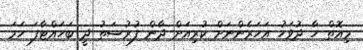
މިއޮތް ހާ ދުވަހު އަހަރެންނަށް ކުރިއަށް ދާން ފުރުސަތު ދީ ބަހައްޓާފަ ހަމަ